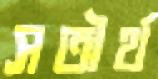
সতীর্থ